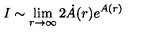
I \sim \lim _ { r \to \infty } 2 \dot { A } ( r ) e ^ { A ( r ) }